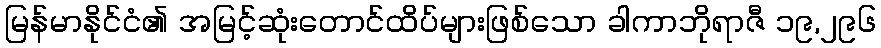
မြန်မာနိုင်ငံ၏ အမြင့်ဆုံးတောင်ထိပ်များဖြစ်သော ခါကာဘိုရာဇီ ၁၉,၂၉၆